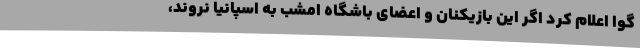
گوا اعلام کرد اگر این بازیکنان و اعضای باشگاه امشب به اسپانیا نروند،